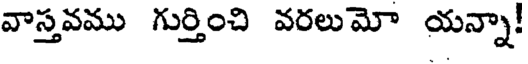
వాస్తవము గుర్తించి వరలుమో యన్నా!